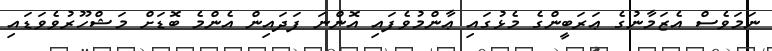
ނަމަވެސް އެޒަމާނުގެ ޢަރަބީންގެ މެޅުގައި ޢާންމުވެފައި އޮންނަ ފަދައިން އެންމެ ބޮޑަށް މަޝްހޫރުވެވަޑައި